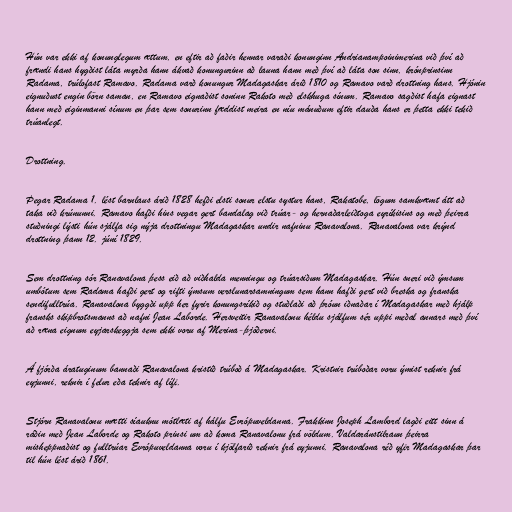
Hún var ekki af konunglegum ættum, en eftir að faðir hennar varaði konunginn Andrianampoinimerina við því að
frændi hans hygðist láta myrða hann ákvað konungurinn að launa hann með því að láta son sinn, krónprinsinn
Radama, trúlofast Ramavo. Radama varð konungur Madagaskar árið 1810 og Ramavo varð drottning hans. Hjónin
eignuðust engin börn saman, en Ramavo eignaðist soninn Rakoto með elskhuga sínum. Ramavo sagðist hafa eignast
hann með eiginmanni sínum en þar sem sonurinn fæddist meira en níu mánuðum eftir dauða hans er þetta ekki tekið
trúanlegt.

Drottning.

Þegar Radama 1. lést barnlaus árið 1828 hefði elsti sonur elstu systur hans, Rakatobe, lögum samkvæmt átt að
taka við krúnunni. Ramavo hafði hins vegar gert bandalag við trúar- og hernaðarleiðtoga eyríkisins og með þeirra
stuðningi lýsti hún sjálfa sig nýja drottningu Madagaskar undir nafninu Ranavalona. Ranavalona var krýnd
drottning þann 12. júní 1829.

Sem drottning sór Ranavalona þess eið að viðhalda menningu og trúarsiðum Madagaskar. Hún sneri við ýmsum
umbótum sem Radama hafði gert og rifti ýmsum verslunarsamningum sem hann hafði gert við breska og franska
sendifulltrúa. Ranavalona byggði upp her fyrir konungsríkið og stuðlaði að þróun iðnaðar í Madagaskar með hjálp
fransks skipbrotsmanns að nafni Jean Laborde. Hersveitir Ranavalonu héldu sjálfum sér uppi meðal annars með því
að ræna eignum eyjarskeggja sem ekki voru af Merina-þjóðerni.

Á fjórða áratuginum bannaði Ranavalona kristið trúboð á Madagaskar. Kristnir trúboðar voru ýmist reknir frá
eyjunni, reknir í felur eða teknir af lífi.

Stjórn Ranavalonu mætti síauknu mótlæti af hálfu Evrópuveldanna. Frakkinn Joseph Lambord lagði eitt sinn á
ráðin með Jean Laborde og Rakoto prinsi um að koma Ranavalonu frá völdum. Valdaránstilraun þeirra
misheppnaðist og fulltrúar Evrópuveldanna voru í kjölfarið reknir frá eyjunni. Ranavalona réð yfir Madagaskar þar
til hún lést árið 1861.